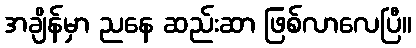
အချိန်မှာ ညနေ ဆည်းဆာ ဖြစ်လာလေပြီ။